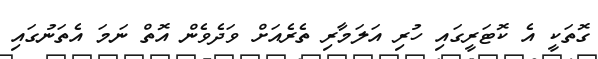
ގޮތަކީ އެ ކޮޓަރީގައި ހުރި އަލަމާރި ތެރެއަށް ވަދެވެން އޮތް ނަމަ އެތަނުގައި